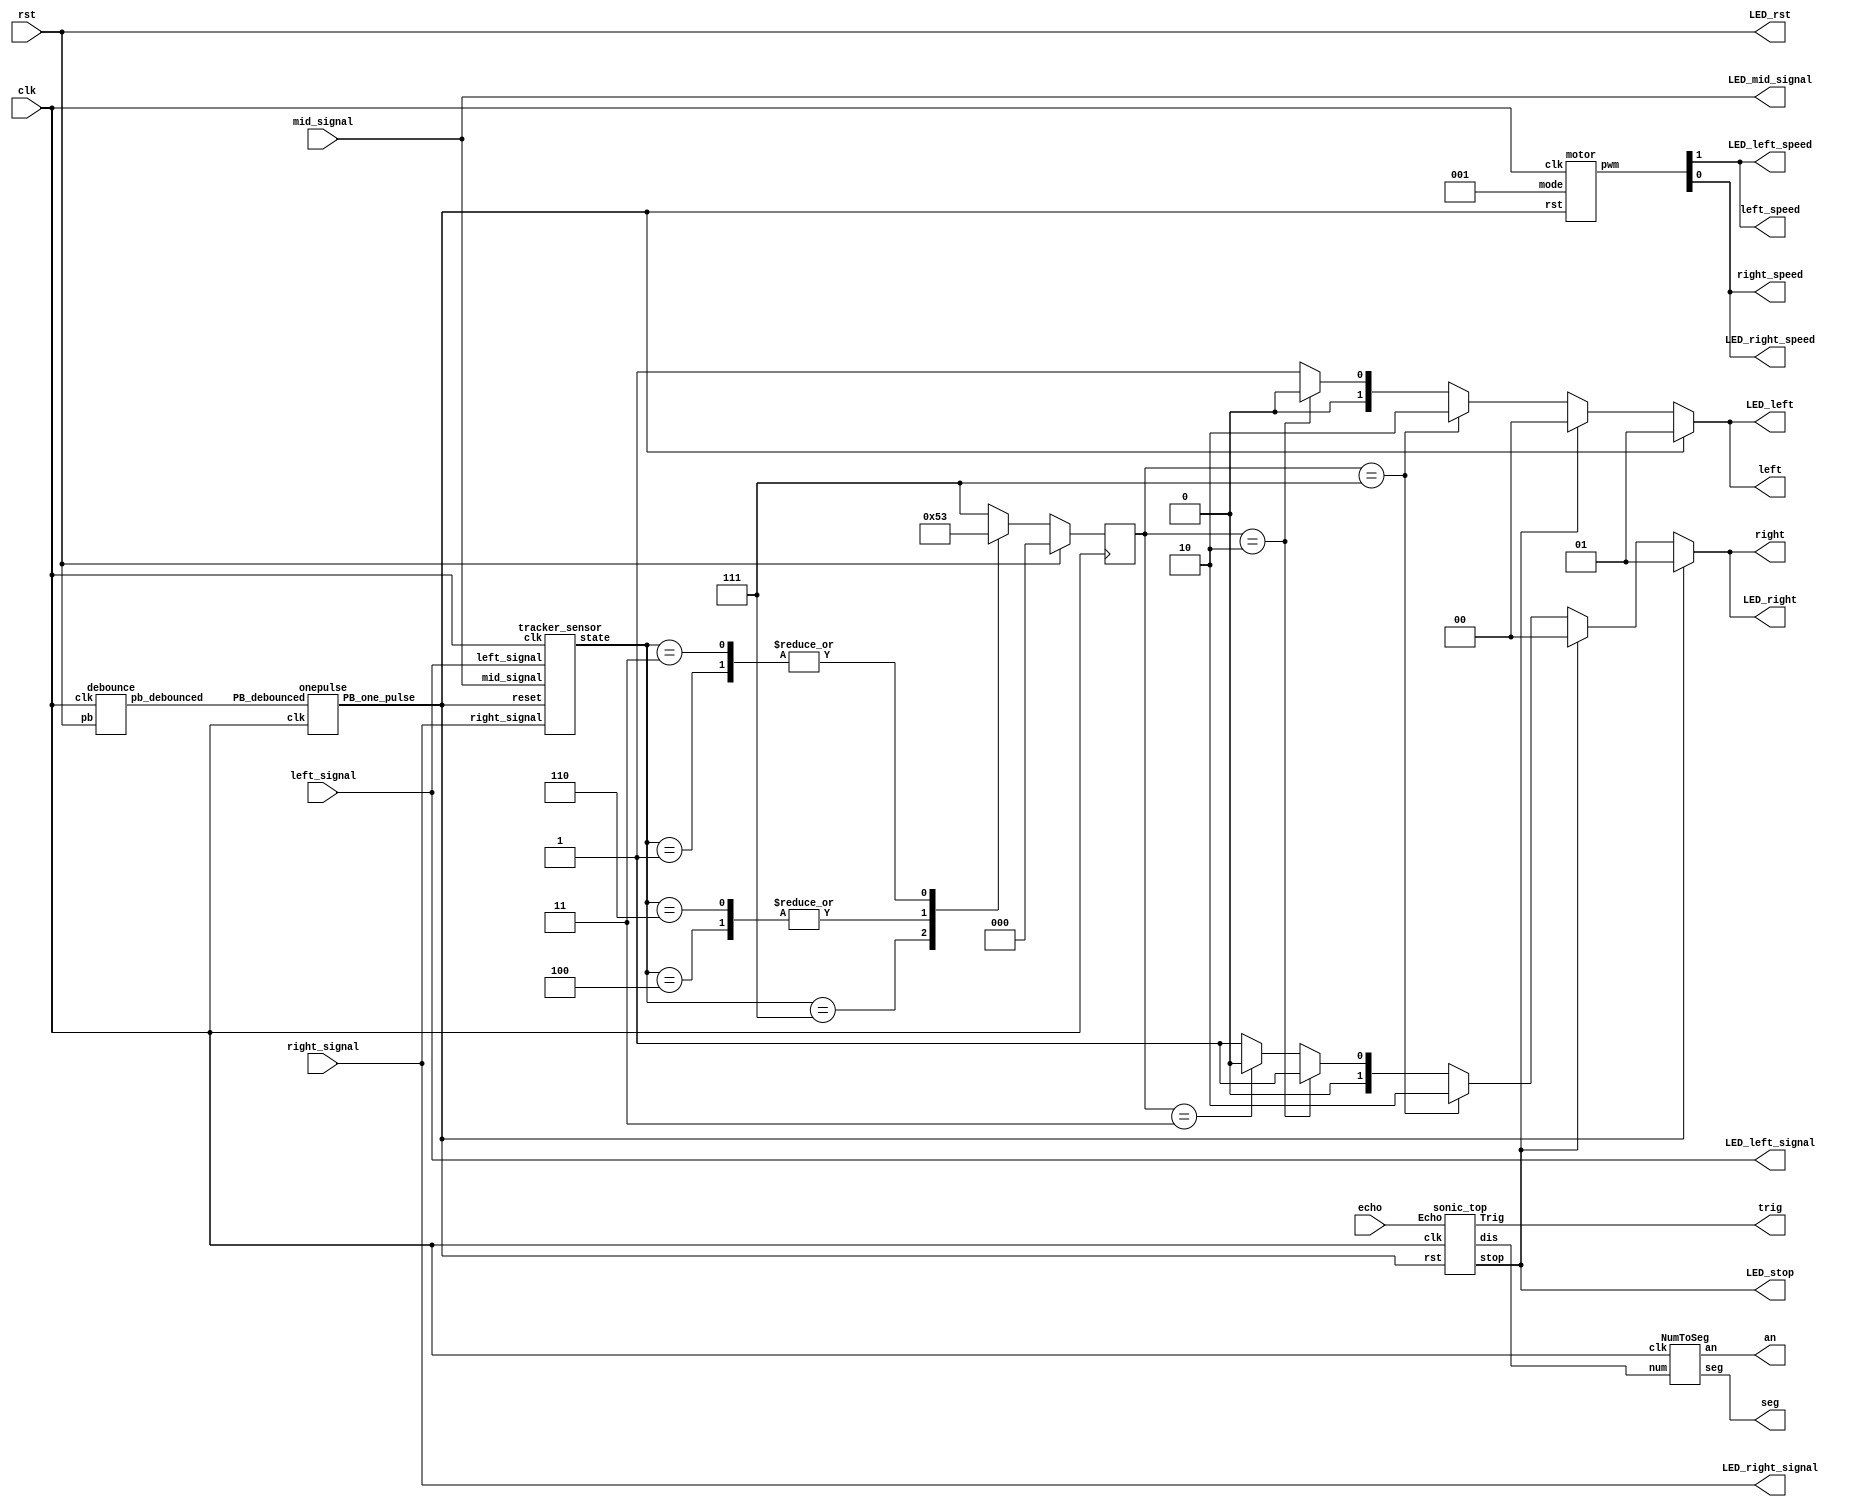
`timescale 1ns/1ps
`define MOTOR_STOP 2'b00
`define MOTOR_FORWARD 2'b01   // [1]: backward, [0]: forward
`define MOTOR_BACKWARD 2'b10

module Top(
  input clk,
  input rst,
  input echo,
  input left_signal,
  input right_signal,
  input mid_signal,
  output trig,
  output left_speed,
  output reg [1:0] left,
  output right_speed,
  output reg [1:0] right,
  // debug
  output LED_rst,
  output [1:0] LED_left,
  output [1:0] LED_right,
  output LED_left_speed,
  output LED_right_speed,
  output LED_stop,
  output LED_left_signal,
  output LED_mid_signal,
  output LED_right_signal,
  output [6:0] seg,
  output [3:0] an
);

  wire [19:0] sonic_dis;
  wire rst_op, rst_pb;
  wire stop;
  wire [2:0] sensor_signals;

  debounce d0(rst_pb, rst, clk);
  onepulse d1(rst_pb, clk, rst_op);

  motor A(
    .clk(clk),
    .rst(rst_op),
    .mode(3'b01),  // go straight
    .pwm({left_speed, right_speed})
  );

  sonic_top B(
    .clk(clk),
    .rst(rst_op),
    .Echo(echo),
    .Trig(trig),
    .stop(stop),
    .dis(sonic_dis)
  );

  tracker_sensor C(
    .clk(clk),
    .reset(rst_op),
    .left_signal(left_signal),
    .right_signal(right_signal),
    .mid_signal(mid_signal),
    .state(sensor_signals)
   );

  // mode state
  // FIXME: make sure it's this same as mode in 'motor.v'
  parameter MODE_SIZE = 3;
  parameter STOP = 3'd0;
  parameter GO_FORWARD = 3'd1;
  parameter TURN_LEFT = 3'd2;
  parameter TURN_RIGHT = 3'd3;
  parameter GO_BACKWARD = 3'd7;

  reg [MODE_SIZE-1:0] mode;
  reg [MODE_SIZE-1:0] next_mode;

  always @(*) begin
    if (rst_op == 1'b1)
      {left, right} = {`MOTOR_FORWARD, `MOTOR_FORWARD};
    else
      if (stop == 1'b1)
        {left, right} = {`MOTOR_STOP, `MOTOR_STOP};
      else
        if (mode == GO_BACKWARD)
          {left, right} = {`MOTOR_BACKWARD, `MOTOR_BACKWARD};
        else if (mode == TURN_LEFT)
          {left, right} = {`MOTOR_STOP, `MOTOR_FORWARD};
        else if (mode == TURN_RIGHT)
          {left, right} = {`MOTOR_FORWARD, `MOTOR_STOP};
        else
          {left, right} = {`MOTOR_FORWARD, `MOTOR_FORWARD};
  end

  always @(posedge clk) begin
    if (rst)
      mode <= STOP;
    else
      mode <= next_mode;
  end

  always @(*) begin
    case (sensor_signals)
      3'b111:
        next_mode = GO_FORWARD;
      3'b110,
      3'b100:
        next_mode = TURN_LEFT;
      3'b011,
      3'b001:
        next_mode = TURN_RIGHT;
      3'b000:
        next_mode = GO_BACKWARD;
      default:
        next_mode = GO_BACKWARD;
    endcase
  end

  // debug
  assign LED_rst = rst;
  assign LED_left = left;
  assign LED_right = right;
  assign LED_left_speed = left_speed;
  assign LED_right_speed = right_speed;
  assign LED_stop = stop;
  assign LED_left_signal = left_signal;
  assign LED_mid_signal = mid_signal;
  assign LED_right_signal = right_signal;
  NumToSeg num2seg (.clk(clk), .num(sonic_dis), .seg(seg), .an(an));

endmodule

module debounce (pb_debounced, pb, clk);
  output pb_debounced;
  input pb;
  input clk;
  reg [4:0] DFF;

  always @(posedge clk) begin
    DFF[4:1] <= DFF[3:0];
    DFF[0] <= pb;
  end
  assign pb_debounced = (&(DFF));
endmodule

module onepulse (PB_debounced, clk, PB_one_pulse);
  input PB_debounced;
  input clk;
  output reg PB_one_pulse;
  reg PB_debounced_delay;

  always @(posedge clk) begin
    PB_one_pulse <= PB_debounced & (! PB_debounced_delay);
    PB_debounced_delay <= PB_debounced;
  end
endmodule

module NumToSeg (clk, num, seg, an);

parameter DIV = 32'd100_000;

input clk;
input [19:0] num;
output reg [6:0] seg; // cg~ca
output [3:0] an;

reg [3:0] digit;
reg [1:0] an_idx;
reg [32-1:0] cnt;
wire div_sig;

always @(posedge clk) begin
  if (cnt >= DIV - 32'b1)
    cnt <= 32'b0;
  else
    cnt <= cnt + 32'b1;
end
assign div_sig = (cnt == DIV - 32'b1) ? 1'b1: 1'b0;

always @(posedge clk) begin
  if (div_sig == 1'b1)
    an_idx <= an_idx + 2'b1;
  else
    an_idx <= an_idx;
end

assign an[3] = (an_idx == 2'd3) ? 1'b0 : 1'b1;
assign an[2] = (an_idx == 2'd2) ? 1'b0 : 1'b1;
assign an[1] = (an_idx == 2'd1) ? 1'b0 : 1'b1;
assign an[0] = (an_idx == 2'd0) ? 1'b0 : 1'b1;

always @(*) begin
  if (an_idx == 2'd0)
    digit = num % 20'd10;
  else if (an_idx == 2'd1)
    digit = num / 20'd10;
  else if (an_idx == 2'd2)
    digit = num / 20'd100;
  else if (an_idx == 2'd3)
    digit = num / 20'd1000;
  else
    digit = 4'd0;
end

always @(*) begin
  case (digit)
    4'd0: begin seg = 7'b1000000; end
    4'd1: begin seg = 7'b1111001; end
    4'd2: begin seg = 7'b0100100; end
    4'd3: begin seg = 7'b0110000; end
    4'd4: begin seg = 7'b0011001; end
    4'd5: begin seg = 7'b0010010; end
    4'd6: begin seg = 7'b0000010; end
    4'd7: begin seg = 7'b1111000; end
    4'd8: begin seg = 7'b0000000; end
    4'd9: begin seg = 7'b0010000; end
    // 4'ha: begin seg = 7'b0001000; end
    // 4'hb: begin seg = 7'b0000011; end
    // 4'hc: begin seg = 7'b1000110; end
    // 4'hd: begin seg = 7'b0100001; end
    // 4'he: begin seg = 7'b0000110; end
    // 4'hf: begin seg = 7'b0001110; end
    default: begin seg = 7'b1111111; end
  endcase
end

endmodule

// motor
module motor(
  input clk,
  input rst,
  input [2:0] mode,
  output [1:0] pwm  // {left, right}
);

  // mode
  parameter STOP = 3'd0;
  parameter GO_FORWARD = 3'd1;
  parameter TURN_LEFT = 3'd2;
  parameter TURN_RIGHT = 3'd3;
  parameter GO_BACKWARD = 3'd7;

  // duty
  parameter SPEED_STOP   = 10'd0;
  parameter SPEED_SLOW   = 10'd800;
  parameter SPEED_FAST   = 10'd1023;

  reg [9:0] next_left_duty, next_right_duty;
  reg [9:0] left_duty, right_duty;
  wire left_pwm, right_pwm;

  motor_pwm m0(
    .clk(clk),
    .reset(rst),
    .duty(left_duty),
    .pmod_1(left_pwm)
  );
  motor_pwm m1(
    .clk(clk),
    .reset(rst),
    .duty(right_duty),
    .pmod_1(right_pwm)
  );

  assign pwm = {left_pwm, right_pwm};

  always @(posedge clk) begin
    if (rst) begin
      left_duty <= 10'd0;
      right_duty <= 10'd0;
    end else begin
      left_duty <= next_left_duty;
      right_duty <= next_right_duty;
    end
  end

  // TODO: take the right speed for different situation
   always @(*) begin
      case (mode)
        STOP: begin
          next_left_duty = SPEED_STOP;
          next_right_duty = SPEED_STOP;
        end
        GO_FORWARD: begin
          next_left_duty = SPEED_FAST;
          next_right_duty = SPEED_FAST;
        end
        TURN_LEFT: begin
          next_left_duty = SPEED_STOP;
          next_right_duty = SPEED_FAST;
        end
        TURN_RIGHT: begin
          next_left_duty = SPEED_FAST;
          next_right_duty = SPEED_STOP;
        end
        GO_BACKWARD: begin
          next_left_duty = SPEED_SLOW;
          next_right_duty = SPEED_SLOW;
        end
        default: begin
         next_left_duty = SPEED_FAST;
         next_right_duty = SPEED_FAST;
        end
      endcase
   end

endmodule

module motor_pwm (
  input clk,
  input reset,
  input [9:0] duty,
  output pmod_1 //PWM
);

  PWM_gen pwm_0 (
    .clk(clk),
    .reset(reset),
    .freq(32'd25000),
    .duty(duty),
    .PWM(pmod_1)
  );

endmodule

//generate PWM by input frequency & duty
module PWM_gen (
  input wire clk,
  input wire reset,
  input [31:0] freq,
  input [9:0] duty,
  output reg PWM
);
  wire [31:0] count_max = 100_000_000 / freq;
  wire [31:0] count_duty = count_max * duty / 1024;
  reg [31:0] count;

  always @(posedge clk, posedge reset) begin
    if (reset) begin
      count <= 0;
      PWM <= 0;
    end else if (count < count_max) begin
      count <= count + 1;
      if(count < count_duty)
        PWM <= 1;
      else
        PWM <= 0;
    end else begin
      count <= 0;
      PWM <= 0;
    end
  end
endmodule

// sonic
module sonic_top(clk, rst, Echo, Trig, stop, dis);
  // [TO-DO] calculate the right distance to trig stop(triggered when the distance is lower than 40 cm)
  // Hint: using "dis"

	input clk, rst, Echo;
	output Trig, stop;
	output [19:0] dis;

	wire [19:0] d;
  wire clk1M;
	wire clk_2_17;

  div clk1(clk ,clk1M);
	TrigSignal u1(.clk(clk), .rst(rst), .trig(Trig));
	PosCounter u2(.clk(clk1M), .rst(rst), .echo(Echo), .distance_count(dis));

  assign stop = (dis < 20'd4000) ? 1'b1 : 1'b0;

endmodule

module PosCounter(clk, rst, echo, distance_count);
  input clk, rst, echo;
  output[19:0] distance_count;

  parameter S0 = 2'b00;
  parameter S1 = 2'b01;
  parameter S2 = 2'b10;

  wire start, finish;
  reg [1:0] curr_state, next_state;
  reg echo_reg1, echo_reg2;
  reg [19:0] count, distance_register;
  wire [19:0] distance_count;

  always@(posedge clk) begin
    if(rst) begin
      echo_reg1 <= 0;
      echo_reg2 <= 0;
      count <= 0;
      distance_register  <= 0;
      curr_state <= S0;
    end
    else begin
      echo_reg1 <= echo;
      echo_reg2 <= echo_reg1;
      case (curr_state)
        S0:begin
          if (start) curr_state <= next_state; //S1
          else count <= 0;
        end
        S1:begin
          if (finish) curr_state <= next_state; //S2
          else count <= count + 1;
        end
        S2:begin
          distance_register <= count;
          count <= 0;
          curr_state <= next_state; //S0
        end
      endcase
    end
  end

  always @(*) begin
    case (curr_state)
      // FIXME: TA use blocking assign in Combinational Circuit?
//       S0: next_state <= S1;
//       S1: next_state <= S2;
//       S2: next_state <= S0;
      S0: next_state = S1;
      S1: next_state = S2;
      S2: next_state = S0;
    endcase
  end

  /* distance_count (cm)
    c = 331.5 + 0.607 * t (m/s)
    If temperature = 20 (C degree):
      c = 0.034364 (cm/us)
          -> 29.1  (us/cm)
      distance_count = (traveled_time(us) / 2) * (c)  (cm)
                     = (traveled_time(us) / 2) / 29.1 (cm)
                     = (traveled_time(us)) * 100 / 58   (00.00cm)
  */
  assign distance_count = distance_register  * 100 / 58;
  assign start = echo_reg1 & ~echo_reg2;
  assign finish = ~echo_reg1 & echo_reg2;
endmodule

module TrigSignal(clk, rst, trig);
  input clk, rst;
  output trig;

  reg trig, next_trig;
  reg [23:0] count, next_count;

  always @(posedge clk, posedge rst) begin
    if (rst) begin
      count <= 0;
      trig <= 0;
    end
    else begin
      count <= next_count;
      trig <= next_trig;
    end
  end

  always @(*) begin
    next_trig = trig;
    next_count = count + 1;
    if(count == 999)
      next_trig = 0;
    else if(count == 24'd9_999_999) begin
      next_trig = 1;
      next_count = 0;
    end
  end
endmodule

module div(clk, out_clk);
  input clk;
  output reg out_clk;
  // reg clkout;
  reg [6:0] cnt;

  always @(posedge clk) begin
    if(cnt < 7'd50) begin
      cnt <= cnt + 1'b1;
      out_clk <= 1'b1;
    end
    else if(cnt < 7'd100) begin
      cnt <= cnt + 1'b1;
      out_clk <= 1'b0;
    end
    else if(cnt == 7'd100) begin
      cnt <= 0;
      out_clk <= 1'b1;
    end
  end
endmodule

// tacker_sensor
module tracker_sensor(clk, reset, left_signal, right_signal, mid_signal, state);
  // [TO-DO] Receive three signals and make your own policy.
  // Hint: You can use output state to change your action.

  input clk;
  input reset;
  input left_signal, right_signal, mid_signal;
  output [2:0] state;

  assign state = {left_signal, mid_signal, right_signal};

endmodule